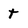
Character: t